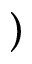
)